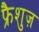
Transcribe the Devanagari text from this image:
फ्रैशुज़